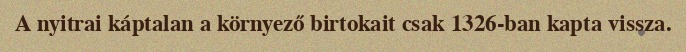
A nyitrai káptalan a környező birtokait csak 1326-ban kapta vissza.